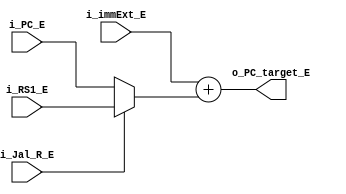
module PC_target_adder #(
    parameter   PC_Width ='d32,
                immext_width='d32


) (
    input       wire    [PC_Width-1:0]          i_PC_E,
    input       wire    [immext_width-1:0]      i_immExt_E,
    input       wire    [immext_width-1:0]      i_RS1_E,
    input       wire                            i_Jal_R_E,
    output      wire    [PC_Width-1:0]          o_PC_target_E

);
 
 
wire    [PC_Width-1:0]          JaLR_OP;

assign JaLR_OP=i_Jal_R_E?i_RS1_E:i_PC_E;

assign o_PC_target_E=i_immExt_E+JaLR_OP;

endmodule